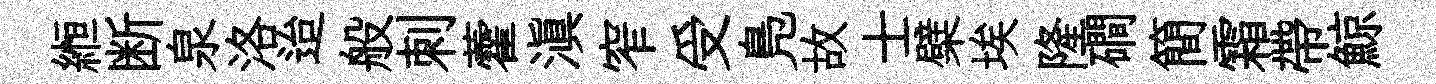
縆断泉洛迨般刺藿滇窄受鳬故士檗埃隆磵簡霜帶鯨